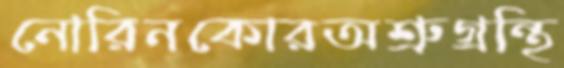
নোরিনকোরঅশ্রুগ্রন্থি